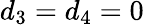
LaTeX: d_{3}=d_{4}=0